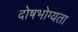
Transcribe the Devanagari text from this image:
दोषभोग्यता